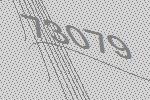
73079